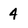
Character: 4